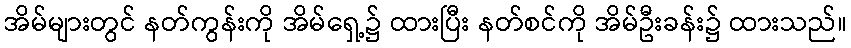
အိမ်များတွင် နတ်ကွန်းကို အိမ်ရှေ့၌ ထားပြီး နတ်စင်ကို အိမ်ဦးခန်း၌ ထားသည်။